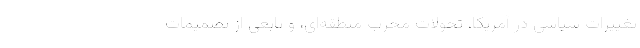
تغییرات سیاسی در آمریکا، تحولات مخرّب منطقه‌ای، و تابعی از تصمیمات